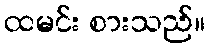
ထမင်း စားသည်။